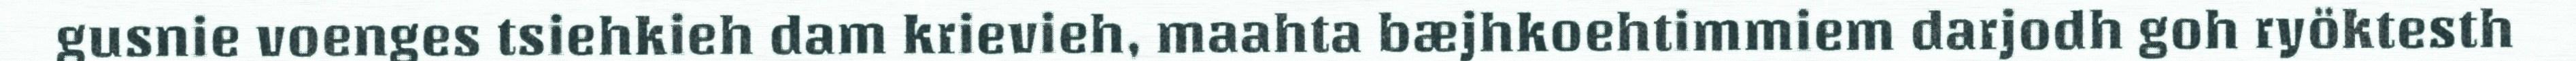
gusnie voenges tsiehkieh dam krievieh, maahta bæjhkoehtimmiem darjodh goh ryöktesth